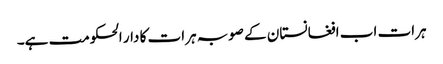
ہرات اب افغانستان کے صوبہ ہرات کا دار الحکومت ہے۔